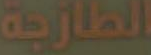
الطازجة